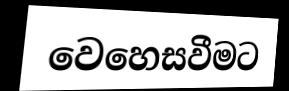
වෙහෙසවීමට